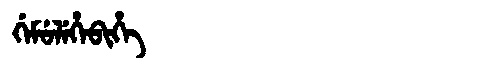
Manchu: ᡤᡝᠮᡠᠯᡝᡥᡝᠪᡳᡥᡝ
Romanization: GEMULEHEBIHE